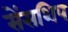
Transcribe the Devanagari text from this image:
सेंसशिप